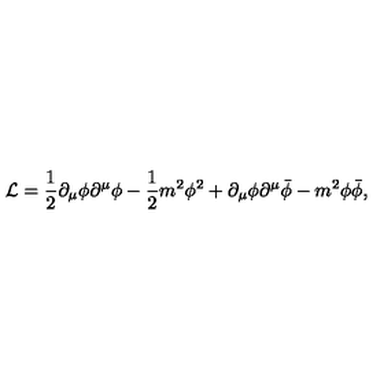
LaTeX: { \cal L } = \frac { 1 } { 2 } { \partial } _ { \mu } \phi { \partial } ^ { \mu } \phi - \frac { 1 } { 2 } m ^ { 2 } \phi ^ { 2 } + { \partial } _ { \mu } \phi { \partial } ^ { \mu } { \bar { \phi } } - m ^ { 2 } \phi { \bar { \phi } } ,